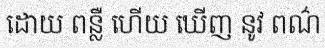
ដោយ ពន្លឺ ហើយ ឃើញ នូវ ពណ៌